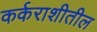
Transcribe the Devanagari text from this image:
कर्कराशीतील